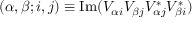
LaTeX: ( \alpha , \beta ; i , j ) \equiv \operatorname { I m } ( V _ { \alpha i } V _ { \beta j } V _ { \alpha j } ^ { * } V _ { \beta i } ^ { * } )